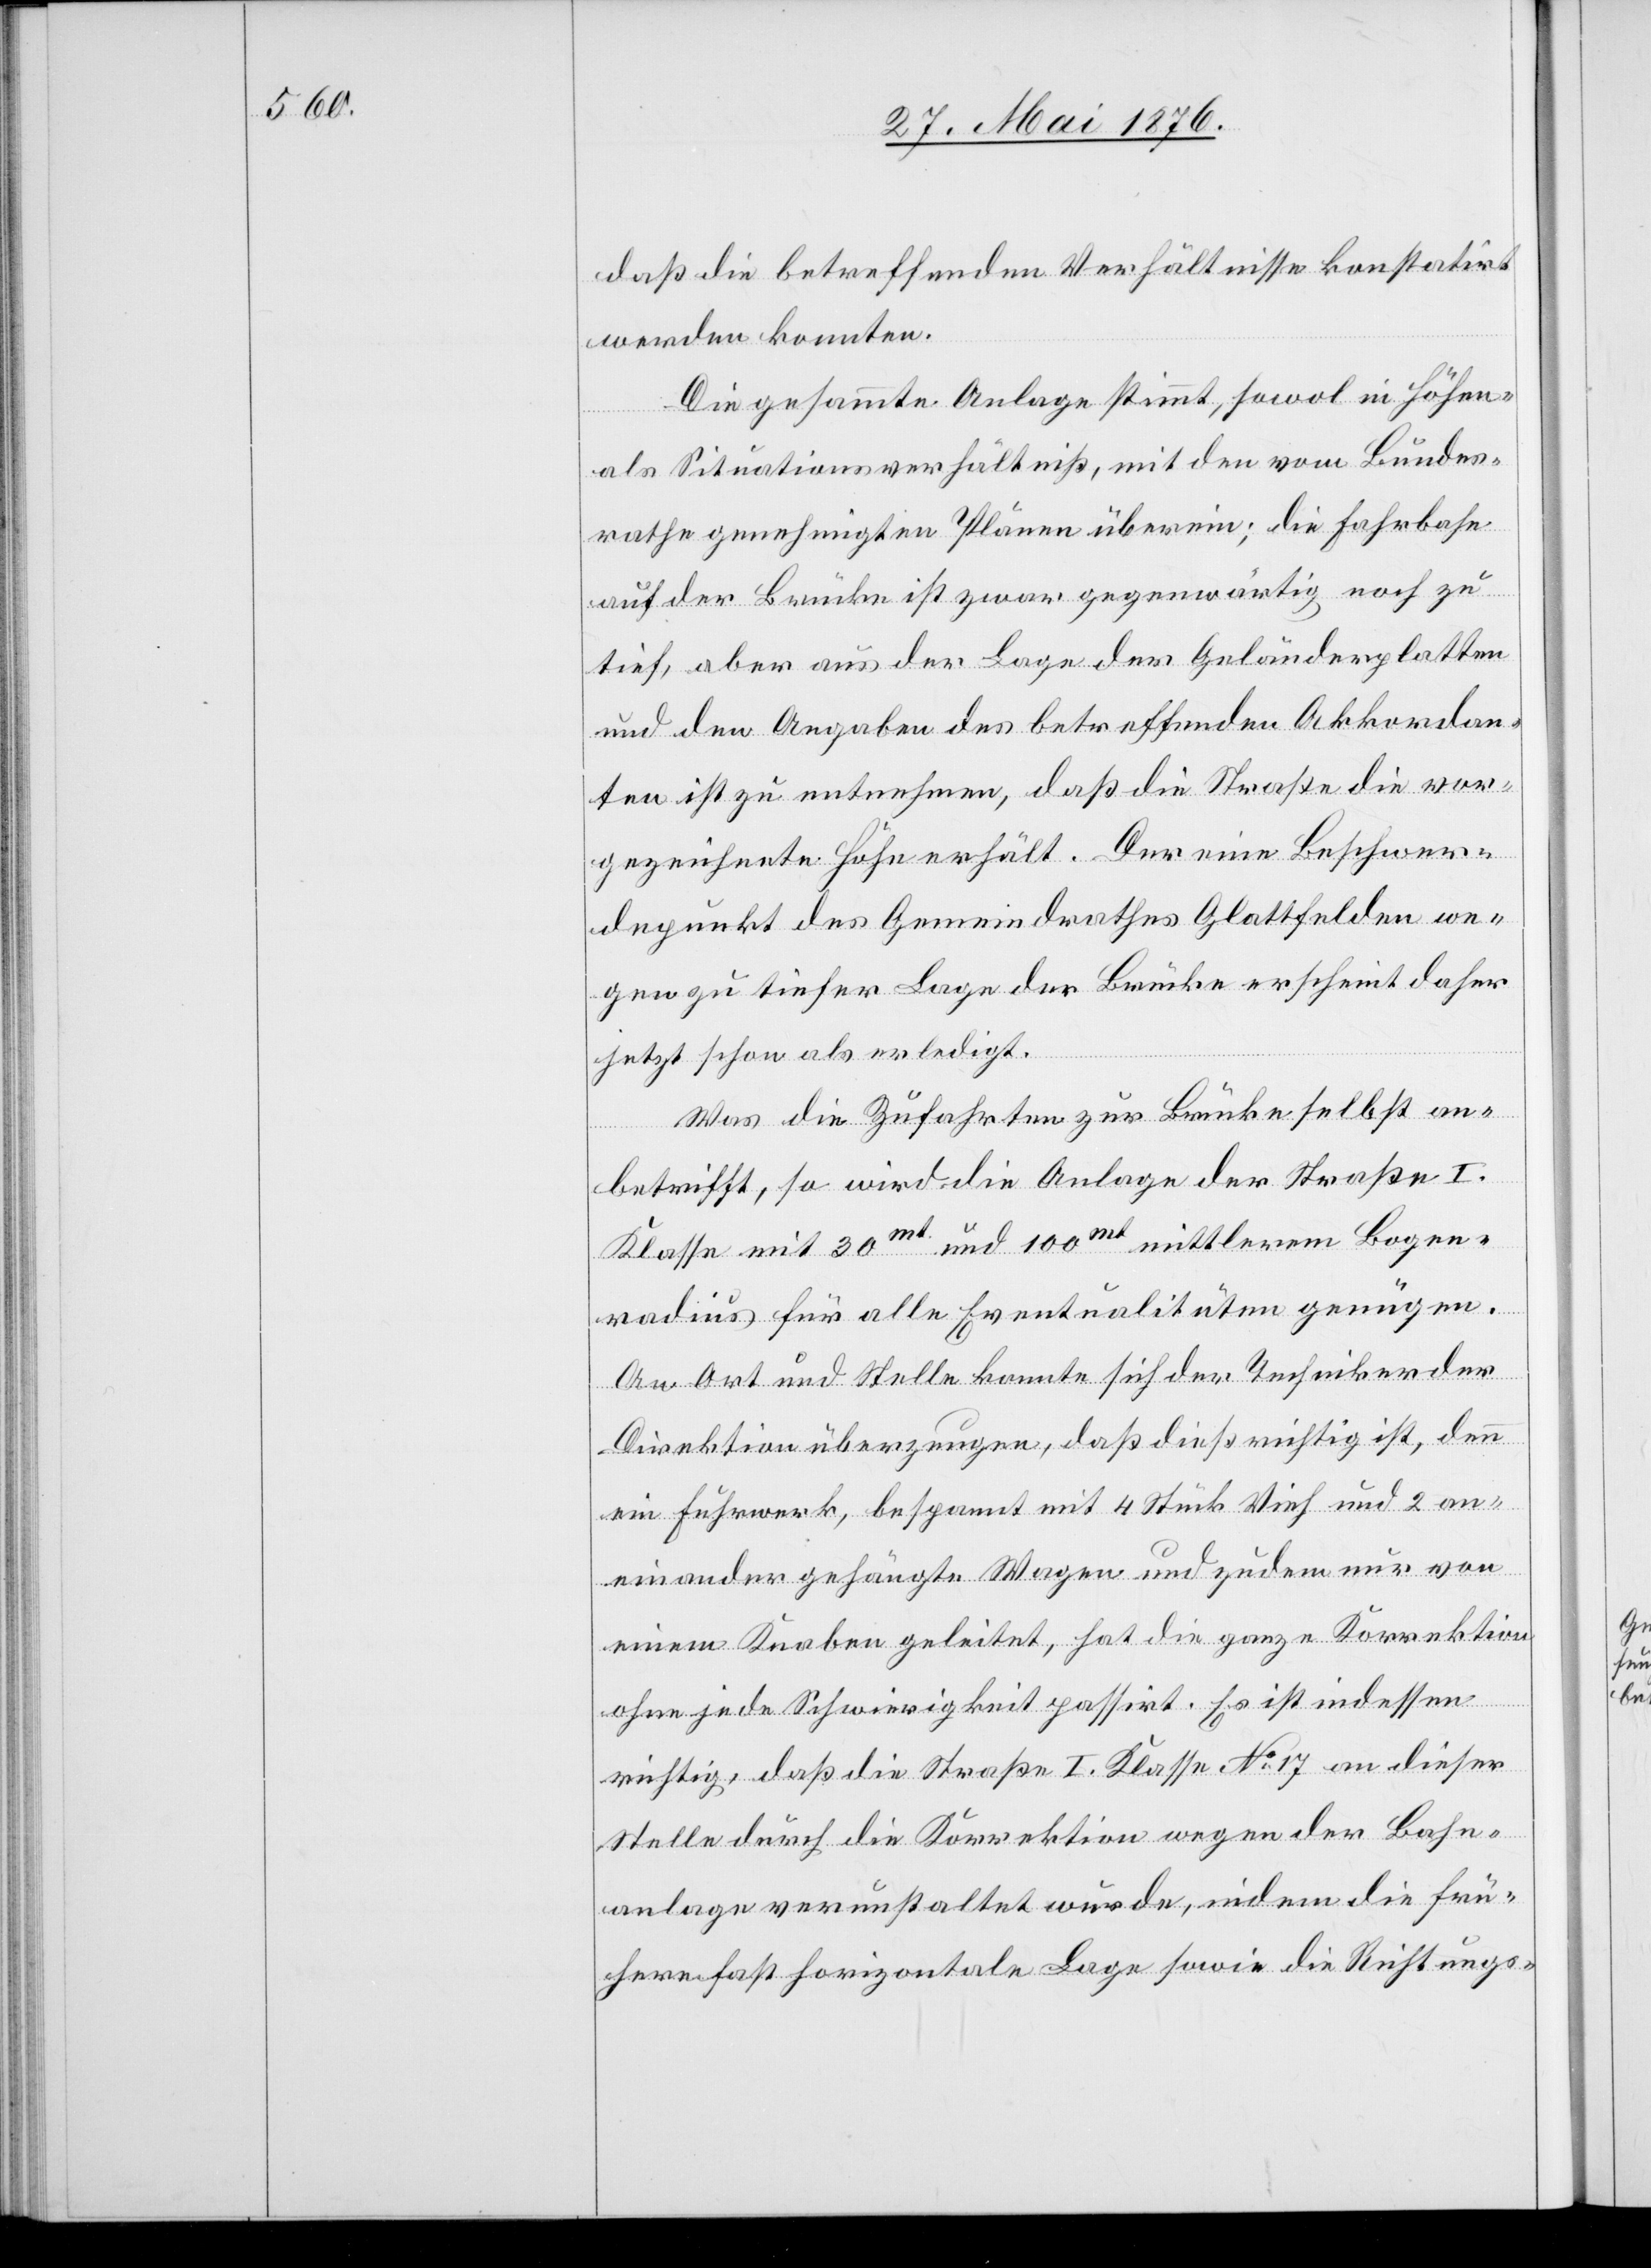
daß die betreffenden Verhältnisse konstatirt
werden konnten.
Die gesammte Anlage stimmt, sowol in Höhen-
als Situationsverhältniß, mit den vom Bundes¬
rathe genehmigten Plänen überein; die Fahrbahn
auf der Brücke ist zwar gegenwärtig noch zu
tief, aber aus der Lage der Geländerplatten
und den Angaben des betreffenden Akkordan¬
ten ist zu entnehmen, daß die Straße die vor¬
gezeichnete Höhe erhält. Der eine Beschwer¬
depunkt des Gemeindrathes Glattfelden we¬
gen zu tiefer Lage der Brücke erscheint daher
jetzt schon als erledigt.
Was die Zufahrten zur Brücke selbst an¬
betrifft, so wird die Anlage der Straße I.
Klasse mit 30mt. und 100mt. mittlerem Bogen¬
radius für alle Eventualitäten genügen.
An Ort und Stelle konnte sich der Techniker der
Direktion überzeugen, daß dieß richtig ist, denn
ein Fuhrwerk, bespannt mit 4 Stück Vieh und 2 an¬
einander gehängte Wagen und zudem nur von
einem Knaben geleitet, hat die ganze Korrektion
ohne jede Schwierigkeit passirt. Es ist indessen
richtig, daß die Straße I. Klasse No 17 an dieser
Stelle durch die Korrektion wegen der Bahn¬
anlage verunstaltet wurde, indem die frü¬
here fast horizontale Lage sowie die Richtungs-